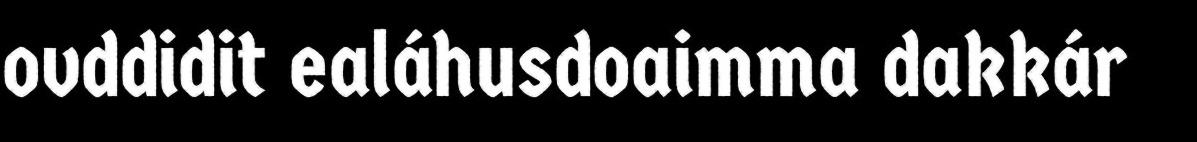
ovddidit ealáhusdoaimma dakkár